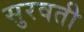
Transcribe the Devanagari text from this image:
सुरवती